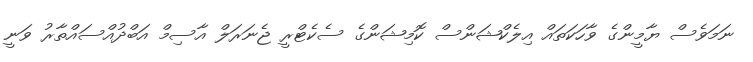
ނަމަވެސް ޔާމީންގެ ވާހަކަތައް އިލެކްޝަންސް ކޮމިޝަންގެ ސެކެޓްރީ ޖެނަރަލް އާސިމް އަބްދުއްސައްތާރު ވަނީ